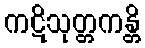
ကဋိသုတ္တကန္တိ